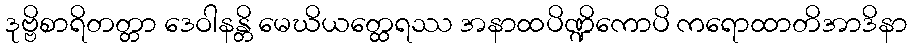
ဒုဗ္ဗိစာရိတတ္တာ ဒေဝါနန္တိ မေဃိယတ္ထေရဿ အနာထပိဏ္ဍိကောပိ ကရောထာတိအာဒိနာ